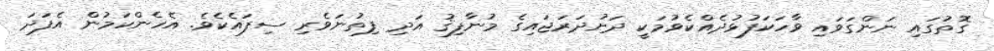
ގޮތުގައި ނަންގަވައި ވާހަކަފުޅުދެއްކެވުމަކީ ދަށުދަރަޖައިގެ މުނާފިޤު އަދި ފިތުނަވެރި ސިފައެކެވެ. އެހެންކަމުން އެފަދަ